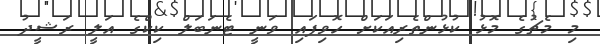
މި މެޗުގެ މޮޅު ކުޅުންތެރިއަކަށް ހޮވިފައި ވަނީ ޓެނަބަލް ކިކްގެ އަލީ ރަޝީދު